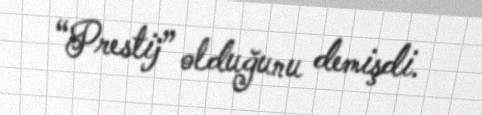
“Prestij” olduğunu demişdi.